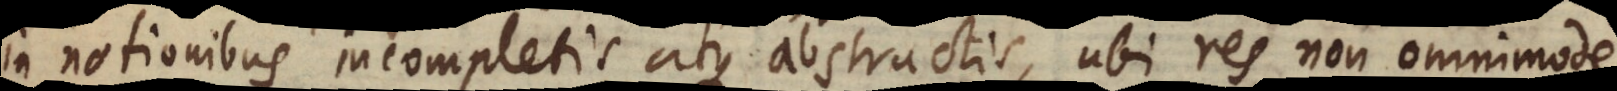
in notionibus incompletis atque abstractis, ubi res non omnimodo